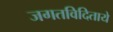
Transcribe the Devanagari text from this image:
जगतविदिताये